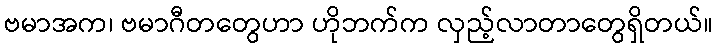
ဗမာအက၊ ဗမာဂီတတွေဟာ ဟိုဘက်က လှည့်လာတာတွေရှိတယ်။